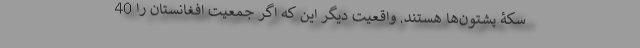
سکۀ پشتون‌ها هستند. واقعیت دیگر این که اگر جمعیت افغانستان را 40